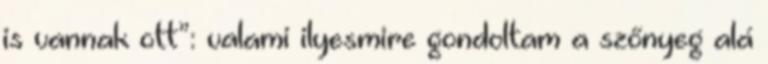
is vannak ott”: valami ilyesmire gondoltam a szőnyeg alá